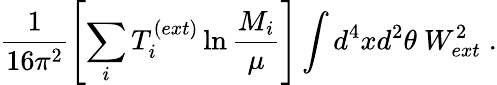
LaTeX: \frac{1}{16\pi^{2}}\left[\sum_{i}T_{i}^{(ext)}\ln\frac{M_{i}}{\mu}\right]\int d^{4}xd^{2}\theta~W_{ext}^{2}\; .